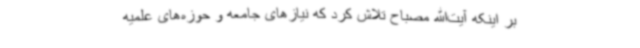
بر اینکه آیت‌الله مصباح تلاش کرد که نیازهای جامعه و حوزه‌های علمیه